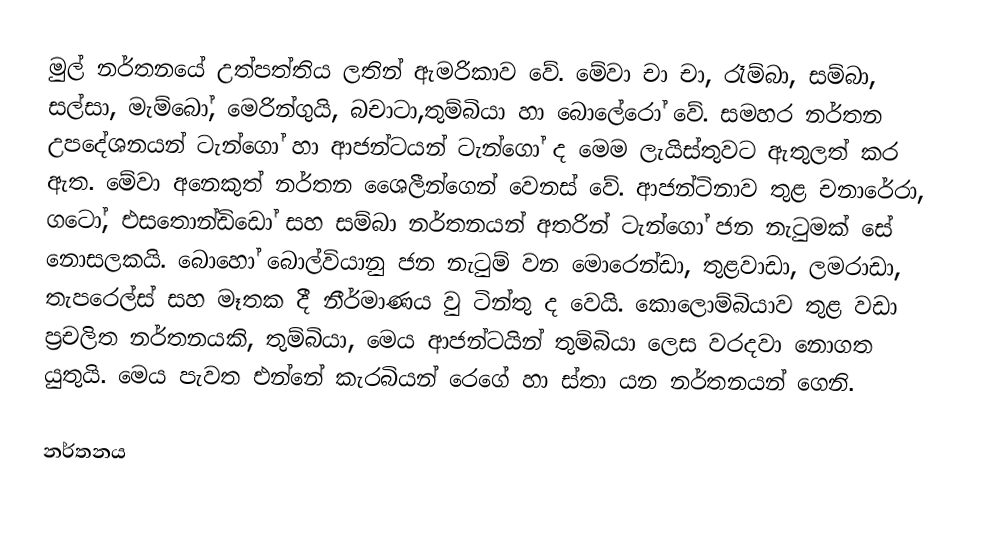
මුල් නර්තනයේ උත්පත්තිය ලතින් ඇමරිකාව වේ. මේවා චා චා, රෑම්බා, සම්බා, සල්සා, මැම්බෝ, මෙරින්ගුයි, බචාටා,තුම්බියා හා බොලේරෝ වේ. සමහර නර්තන උපදේශනයන් ටැන්ගෝ හා ආජන්ටයන් ටැන්ගෝ ද මෙම ලැයිස්තුවට ඇතුලත් කර ඇත. මේවා අනෙකුත් නර්තන ශෛලීන්ගෙන් වෙනස් වේ. ආජන්ටිනාව තුළ චනාරේරා, ගටෝ, එසතොන්ඩිඩෝ සහ සම්බා නර්තනයන් අතරින් ටැන්ගෝ ජන නැටුමක් සේ නොසලකයි. බොහෝ බොල්වියානු ජන නැටුම් වන මොරෙන්ඩා, තුළවාඩා, ලමරාඩා, තැපරෙල්ස් සහ මෑතක දී නීර්මාණය වු ටින්තු ද වෙයි. කොලොම්බියාව තුළ වඩා ප්‍රචලිත නර්තනයකි, තුම්බියා, මෙය ආජන්ටයින් තුම්බියා ලෙස වරදවා නොගත යුතුයි. මෙය පැවත එන්නේ කැරබියන් රෙගේ හා ස්තා යන නර්තනයන් ගෙනි.

නර්තනය